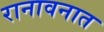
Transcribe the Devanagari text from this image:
रानावनात